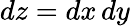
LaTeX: \mathop{dz}=\mathop{dx}\mathop{dy}